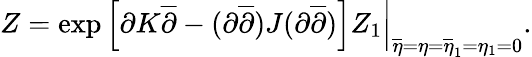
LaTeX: Z=\left.\exp\left[\partial K\overline{{{\partial}}}-(\partial\overline{{{\partial}}})J(\partial\overline{{{\partial}}})\right]Z_{1}\right|_{\overline{{{\eta}}}=\eta=\overline{{{\eta}}}_{1}=\eta_{1}=0}.